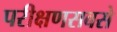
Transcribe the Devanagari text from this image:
परीक्षणसबसे